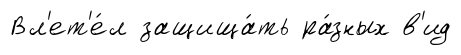
Вл'ет'е́л защища́ть ра́зных в'ид